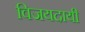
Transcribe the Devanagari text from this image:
विजयदायी